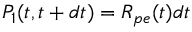
P _ { 1 } ( t , t + d t ) = R _ { p e } ( t ) d t